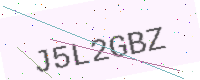
Text: J5L2GBZ